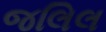
જલિલ